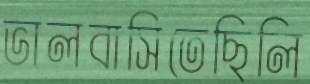
ভালবাসিতেছিলি